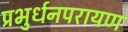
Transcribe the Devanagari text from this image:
प्रभुर्धनपरायण